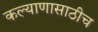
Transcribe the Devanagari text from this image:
कल्याणासाठीच